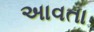
અાવતા